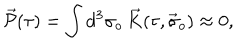
\vec { \cal P } ( \tau ) = \int d ^ { 3 } \sigma _ { o } \, \vec { K } ( \tau , \vec { \sigma } _ { o } ) \approx 0 ,